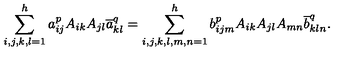
\sum _ { i , j , k , l = 1 } ^ { h } a _ { i j } ^ { p } A _ { i k } A _ { j l } \overline { a } _ { k l } ^ { q } = \sum _ { i , j , k , l , m , n = 1 } ^ { h } b _ { i j m } ^ { p } A _ { i k } A _ { j l } A _ { m n } \overline { b } _ { k l n } ^ { q } .